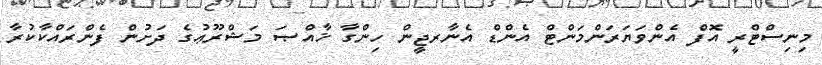
މިނިސްޓްރީ އޮފް އެންވަޔަރަންމަންޓް އެންޑް އެނާރޖީން ހިންގާ ޚާއްޞަ މަޝްރޫޢުގެ ދަށުން ފެންރައްކާކުރާ